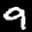
Label: 9